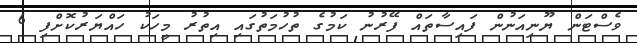
ވެސްޓަން ޔޫނިއަނުން ފައިސާތައް ފޭރުނު ކަމުގެ ތުހުމަތުގައި އިތުރު މީހަކު ހައްޔަރުކޮށްފި 6